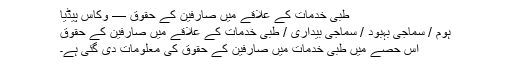
طبی خدمات کے علاقے میں صارفین کے حقوق — وکاس پیڈیا
ہوم / سماجی بہبود / سماجی بیداری / طبی خدمات کے علاقے میں صارفین کے حقوق
اِس حصے میں طبی خدمات میں صارفین کے حقوق کی معلومات دی گئی ہے۔